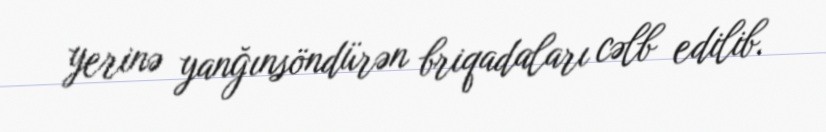
yerinə yanğınsöndürən briqadaları cəlb edilib.